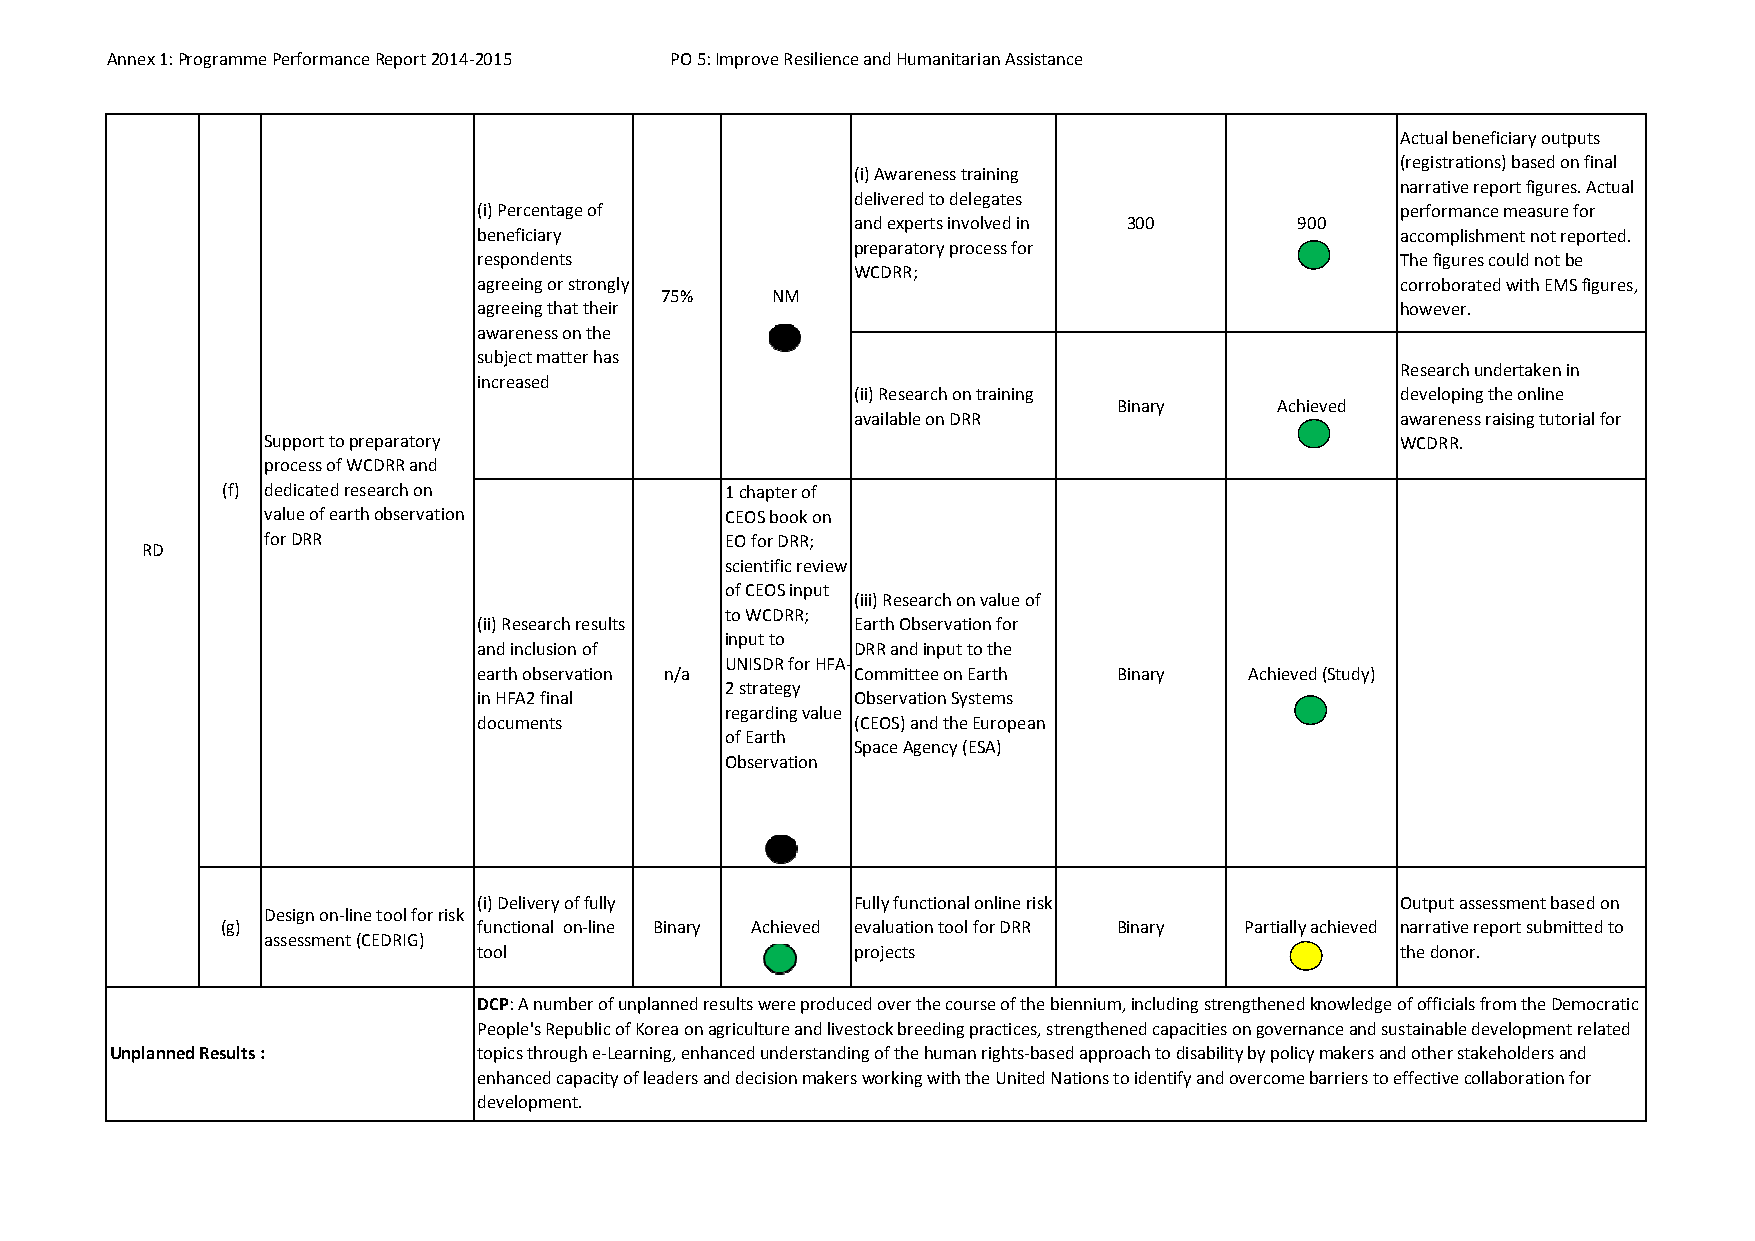
Annex 1: Programme Performance Report 2014‐2015 PO 5: Improve Resilience and Humanitarian Assistance
 Actual beneficiary outputs
 (registrations) based on final
 (i) Awareness training
 narrative report figures. Actual
 delivered to delegates
 (i) Percentage of                                            performance measure for
 and experts involved in 300  900
 beneficiary                                                  accomplishment not reported.
 preparatory process for
 respondents                                                  The figures could not be
 WCDRR;
 agreeing or strongly                                         corroborated with EMS figures,
 75%    NM
 agreeing that their                                          however.
 awareness on the
 subject matter has
 Research undertaken in
 increased
 (ii) Research on training           developing the online
 Binary     Achieved
 available on DRR                    awareness raising tutorial for
 Support to preparatory                                                      WCDRR.
 process of WCDRR and
 (f) dedicated research on        1 chapter of
 value of earth observation     CEOS book on
 for DRR                        EO for DRR;
 RD
 scientific review
 of CEOS input
 (iii) Research on value of
 to WCDRR;
 (ii) Research results    Earth Observation for
 input to
 and inclusion of         DRR and input to the
 UNISDR for HFA‐
 earth observation n/a    Committee on Earth Binary Achieved (Study)
 2 strategy
 in HFA2 final            Observation Systems
 regarding value
 documents                (CEOS) and the European
 of Earth
 Space Agency (ESA)
 Observation
 (i) Delivery of fully    Fully functional online risk        Output assessment based on
 Design on‐line tool for risk
 (g)              functional on‐line Binary Achieved evaluation tool for DRR Binary Partially achieved narrative report submitted to
 assessment (CEDRIG)
 tool                     projects                            the donor.
 DCP: A number of unplanned results were produced over the course of the biennium, including strengthened knowledge of officials from the Democratic
 People's Republic of Korea on agriculture and livestock breeding practices, strengthened capacities on governance and sustainable development related
 Unplanned Results :      topics through e‐Learning, enhanced understanding of the human rights‐based approach to disability by policy makers and other stakeholders and
 enhanced capacity of leaders and decision makers working with the United Nations to identify and overcome barriers to effective collaboration for
 development.